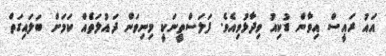
އައު ރައީސް އިވާން ޑުކިއު ވިދާޅުވިއެވެ. ފަލަސްތީނަކީ މިނިވަން ދައުލަތެއް ކަމަށް ބަލައިގަތް